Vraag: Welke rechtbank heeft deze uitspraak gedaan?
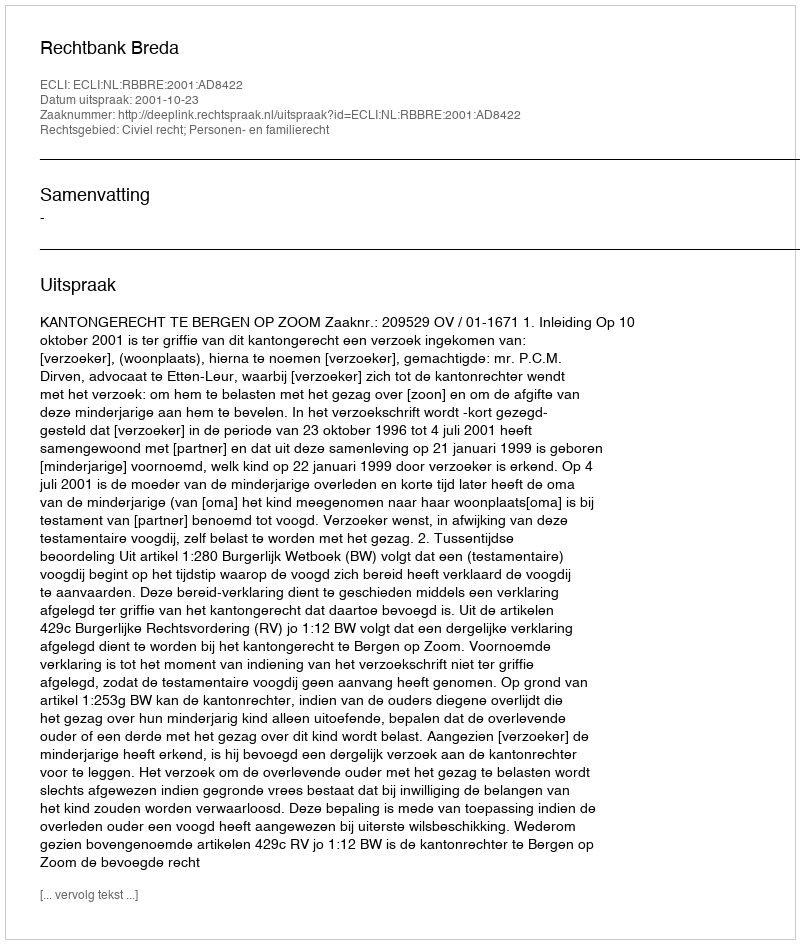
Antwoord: Rechtbank Breda